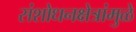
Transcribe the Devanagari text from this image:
संशोधनक्षेत्रांमुळे